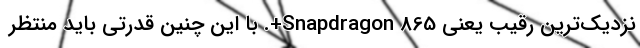
نزدیک‌ترین رقیب یعنی Snapdragon 865+. با این چنین قدرتی باید منتظر